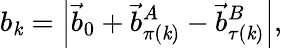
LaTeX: b_{\mathit{k}}=\left|\vec{{b}}_{0}+\vec{{b}}_{\pi(\mathit{k})}^{A}-\vec{{b}}_{\tau(\mathit{k})}^{B}\right|,